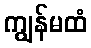
ကျွန်မထံ